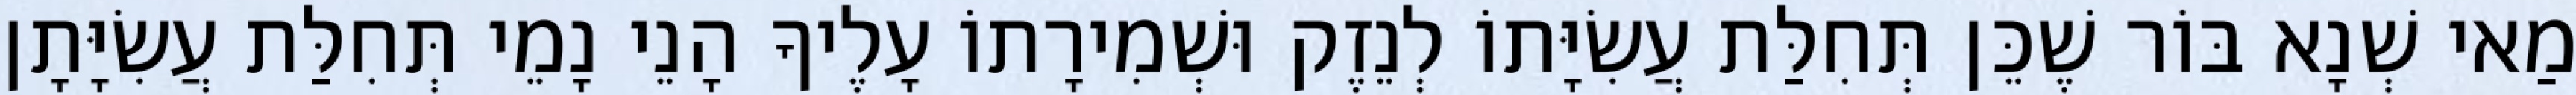
מַאי שְׁנָא בּוֹר שֶׁכֵּן תְּחִלַּת עֲשִׂיָּתוֹ לְנֵזֶק וּשְׁמִירָתוֹ עָלֶיךָ הָנֵי נָמֵי תְּחִלַּת עֲשִׂיָּתָן